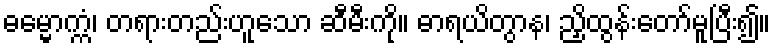
ဓမ္မောက္ကံ၊ တရားတည်းဟူသော ဆီမီးကို။ ဓာရယိတွာန၊ ညှိထွန်းတော်မူပြီး၍။